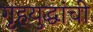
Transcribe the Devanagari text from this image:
गृहयुद्धांची